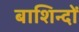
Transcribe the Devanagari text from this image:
बाशिन्दों